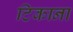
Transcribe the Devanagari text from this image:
टिकाना